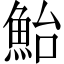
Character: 鮐